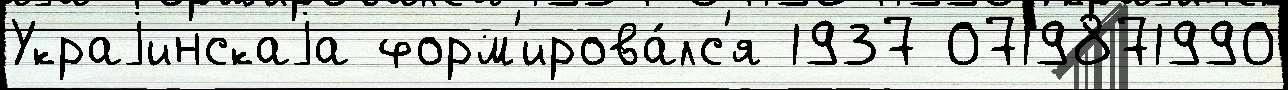
Украjинскаjа форм'ирова́лс'я 1937 0719871990